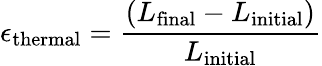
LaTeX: \epsilon_{\mathrm{thermal}}={\frac{(L_{\mathrm{final}}-L_{\mathrm{initial}})}{L_{\mathrm{initial}}}}